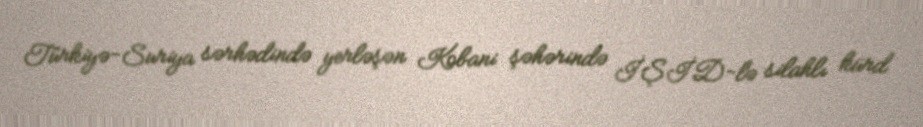
Türkiyə-Suriya sərhədində yerləşən Kobani şəhərində İŞİD-lə silahlı kürd